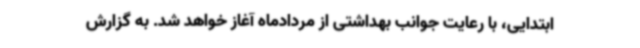
ابتدایی، با رعایت جوانب بهداشتی از مردادماه آغاز خواهد شد. به گزارش